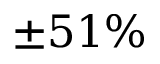
\pm 5 1 \%